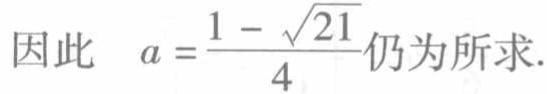
因此 \(a = \frac{1 - \sqrt{21}}{4}\)仍为所求.